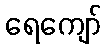
ရေကျော်